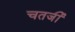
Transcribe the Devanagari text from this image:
चतर्जी